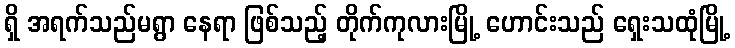
ရှိ အရက်သည်မရွာ နေရာ ဖြစ်သည့် တိုက်ကုလားမြို့ ဟောင်းသည် ရှေးသထုံမြို့